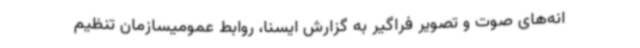
انه‌های صوت و تصویر فراگیر به گزارش ایسنا، روابط عمومیسازمان تنظیم